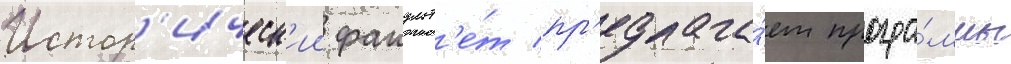
Истор'ическ'ии факульт'е́т пр'едлага́ет програ́ммы